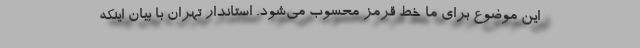
این موضوع برای ما خط قرمز محسوب می‌شود. استاندار تهران با بیان اینکه